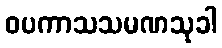
ဝပကာသသမဏသုခါ